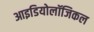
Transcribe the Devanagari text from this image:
आइडियोलॉजिकल